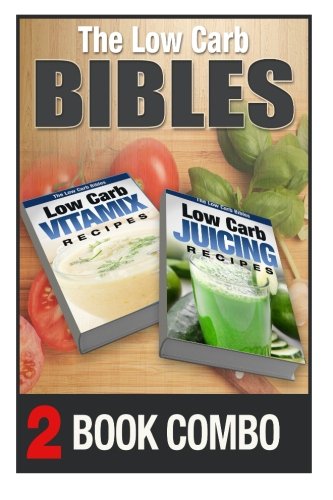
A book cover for Low Carb Juicing Recipes and Low Carb Vitamix Recipes: 2 Book Combo (The Low Carb Bibles ); Tina Palmarchetty; Cookbooks, Food & Wine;